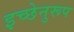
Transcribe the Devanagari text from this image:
इच्छेनुरूप